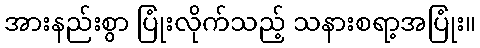
အားနည်းစွာ ပြုံးလိုက်သည့် သနားစရာ့အပြုံး။